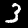
Digit: 3